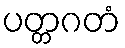
ပတ္တဂတံ